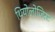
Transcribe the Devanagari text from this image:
थियोलोजिस्ट